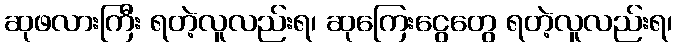
ဆုဖလားကြီး ရတဲ့လူလည်းရ၊ ဆုကြေးငွေတွေ ရတဲ့လူလည်းရ၊